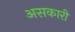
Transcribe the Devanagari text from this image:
असकारी